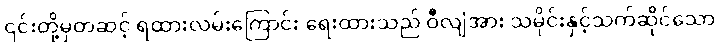
၎င်းတို့မှတဆင့် ရထားလမ်းကြောင်း ရေးထားသည် ဝီလျံအား သမိုင်းနှင့်သက်ဆိုင်သော